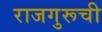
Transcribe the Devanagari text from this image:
राजगुरूची